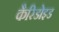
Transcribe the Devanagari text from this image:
कैरिडोइड